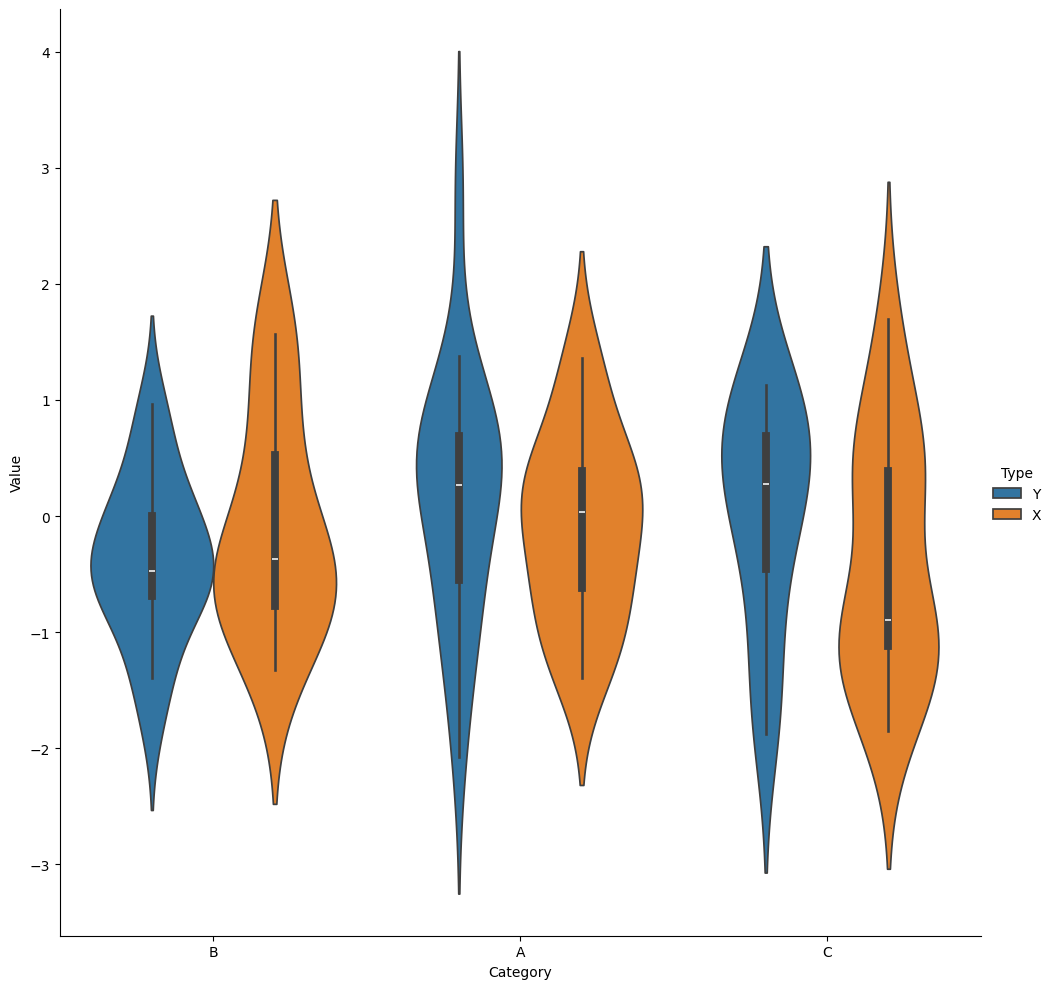
python, seaborn, catplot, kind='violin', height=10, aspect=1